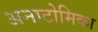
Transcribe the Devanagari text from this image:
अनाटोमिका